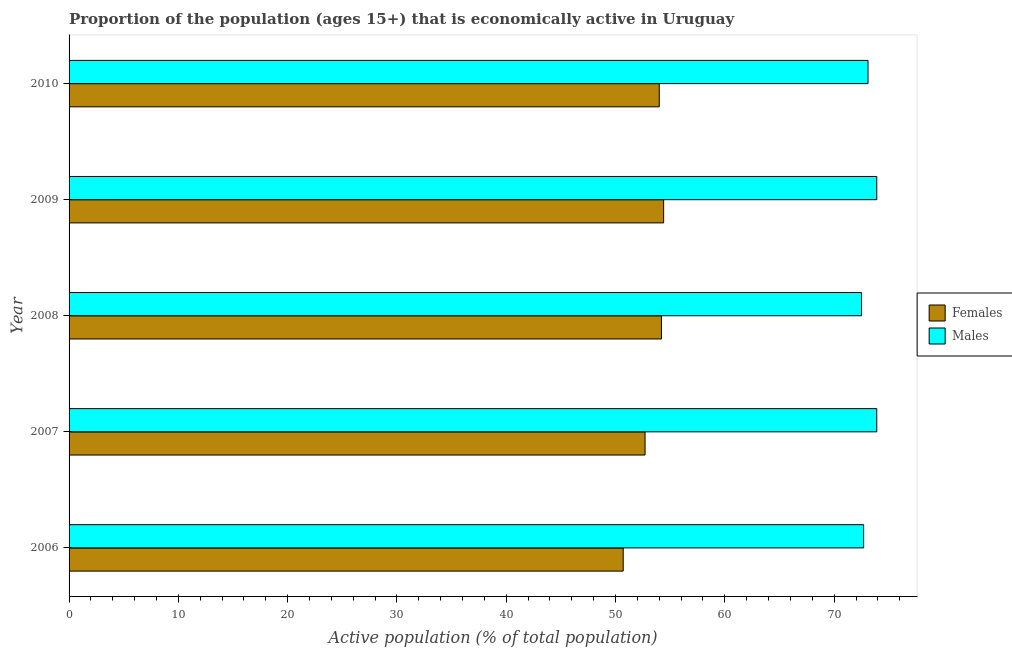
| Year | Females | Males |
 | --- | --- | --- |
 | 2006 | 50.7 | 72.7 |
 | 2007 | 52.7 | 73.9 |
 | 2008 | 54.2 | 72.5 |
 | 2009 | 54.4 | 73.9 |
 | 2010 | 54 | 73.1 |